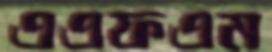
এএফএম